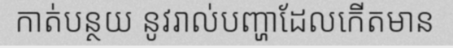
កាត់បន្ថយ នូវរាល់បញ្ហាដែលកើតមាន